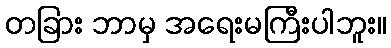
တခြား ဘာမှ အရေးမကြီးပါဘူး။